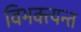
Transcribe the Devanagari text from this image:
विभक्त्यन्त